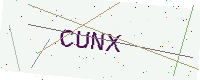
Text: CUNX